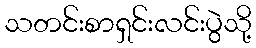
သတင်းစာရှင်းလင်းပွဲသို့